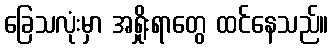
ခြေသလုံးမှာ အရှိုးရာတွေ ထင်နေသည်။